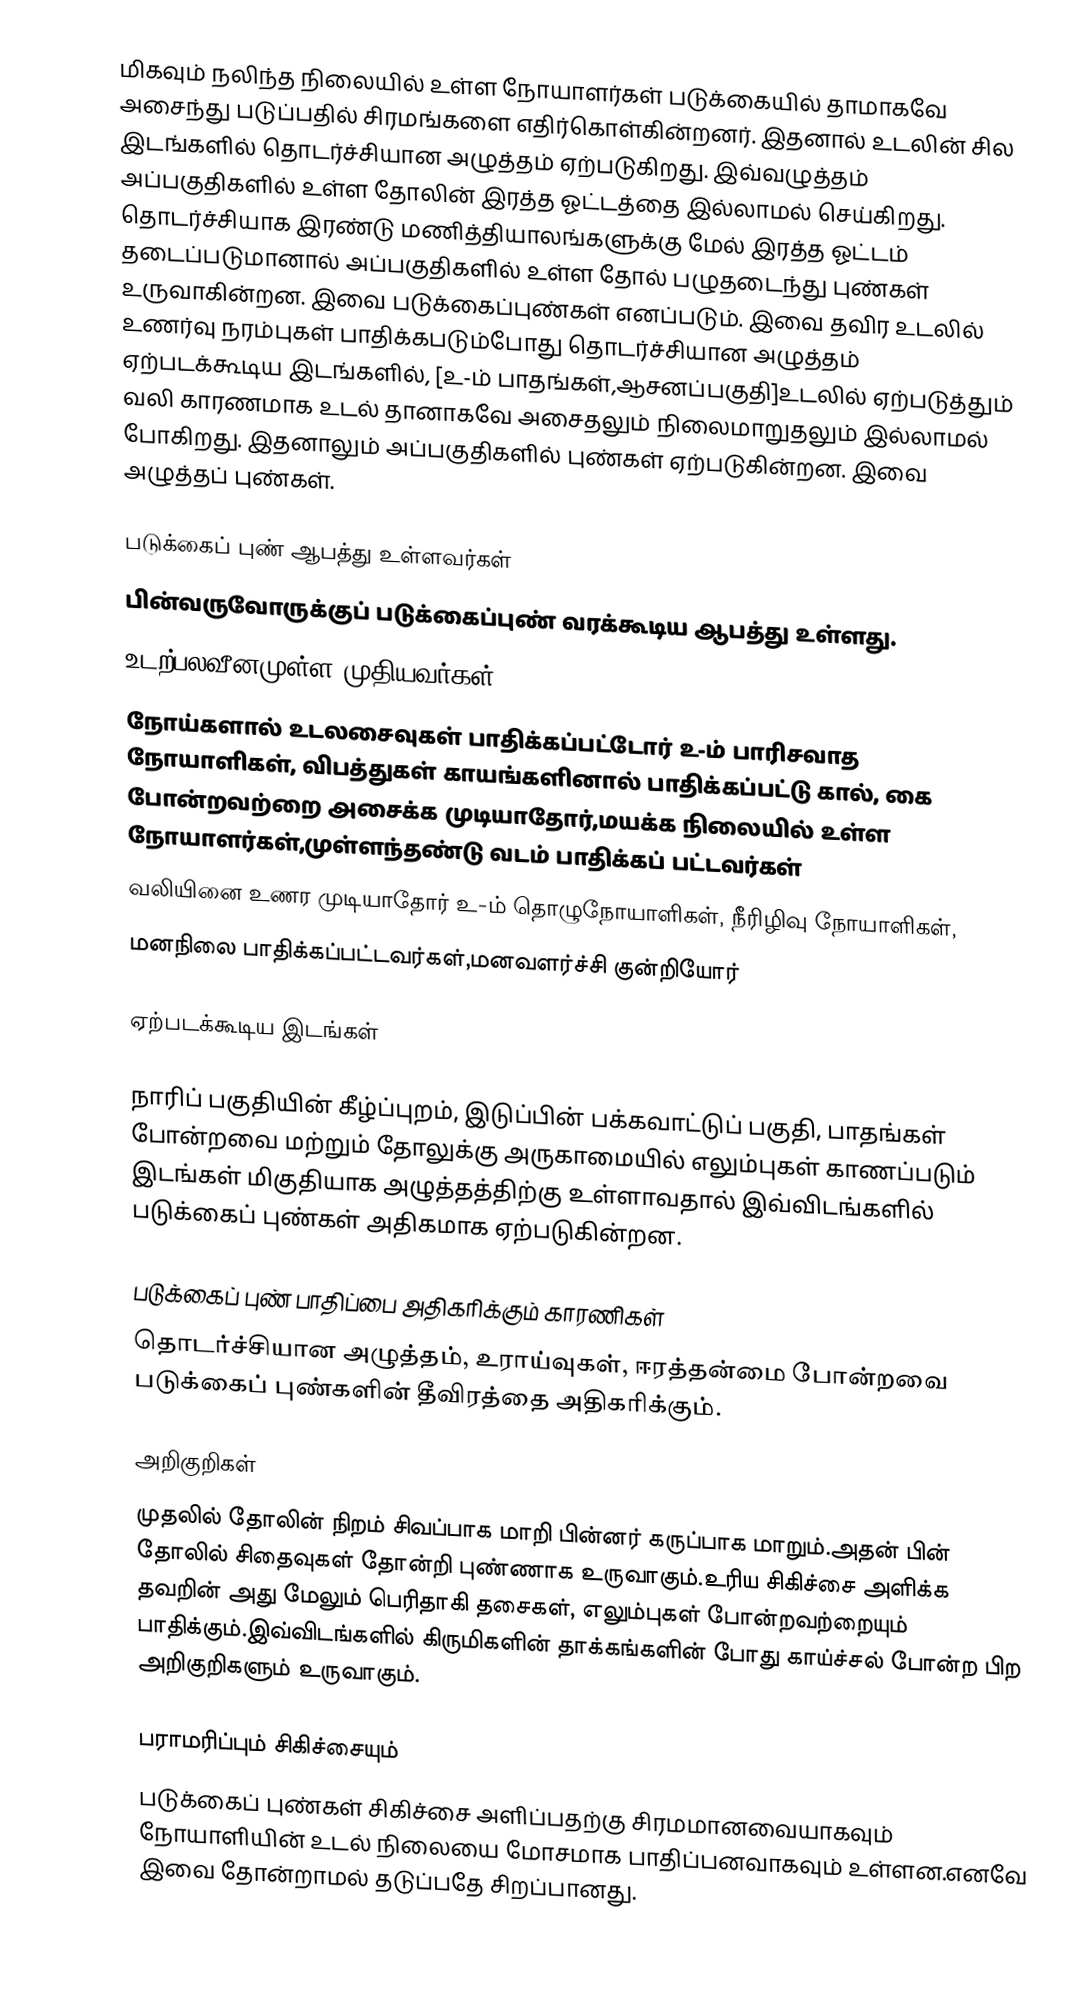
மிகவும் நலிந்த நிலையில் உள்ள நோயாளர்கள் படுக்கையில் தாமாகவே அசைந்து படுப்பதில் சிரமங்களை எதிர்கொள்கின்றனர். இதனால் உடலின் சில இடங்களில் தொடர்ச்சியான அழுத்தம் ஏற்படுகிறது. இவ்வழுத்தம் அப்பகுதிகளில் உள்ள தோலின் இரத்த ஓட்டத்தை இல்லாமல் செய்கிறது. தொடர்ச்சியாக இரண்டு மணித்தியாலங்களுக்கு மேல் இரத்த ஓட்டம் தடைப்படுமானால் அப்பகுதிகளில் உள்ள தோல் பழுதடைந்து புண்கள் உருவாகின்றன. இவை படுக்கைப்புண்கள் எனப்படும். இவை தவிர உடலில் உணர்வு நரம்புகள் பாதிக்கபடும்போது தொடர்ச்சியான அழுத்தம் ஏற்படக்கூடிய இடங்களில், [உ-ம் பாதங்கள்,ஆசனப்பகுதி]உடலில் ஏற்படுத்தும் வலி காரணமாக உடல் தானாகவே அசைதலும் நிலைமாறுதலும் இல்லாமல் போகிறது. இதனாலும் அப்பகுதிகளில் புண்கள் ஏற்படுகின்றன. இவை அழுத்தப் புண்கள்.

படுக்கைப் புண் ஆபத்து உள்ளவர்கள்
பின்வருவோருக்குப் படுக்கைப்புண் வரக்கூடிய ஆபத்து உள்ளது.
 உடற்பலவீனமுள்ள முதியவர்கள்
 நோய்களால் உடலசைவுகள் பாதிக்கப்பட்டோர் உ-ம் பாரிசவாத நோயாளிகள், விபத்துகள் காயங்களினால் பாதிக்கப்பட்டு கால், கை போன்றவற்றை அசைக்க முடியாதோர்,மயக்க நிலையில் உள்ள நோயாளர்கள்,முள்ளந்தண்டு வடம் பாதிக்கப் பட்டவர்கள்
 வலியினை உணர முடியாதோர் உ-ம் தொழுநோயாளிகள், நீரிழிவு நோயாளிகள்,
 மனநிலை பாதிக்கப்பட்டவர்கள்,மனவளர்ச்சி குன்றியோர்

ஏற்படக்கூடிய இடங்கள்

நாரிப் பகுதியின் கீழ்ப்புறம், இடுப்பின் பக்கவாட்டுப் பகுதி, பாதங்கள் போன்றவை மற்றும் தோலுக்கு அருகாமையில் எலும்புகள் காணப்படும் இடங்கள் மிகுதியாக அழுத்தத்திற்கு உள்ளாவதால் இவ்விடங்களில் படுக்கைப் புண்கள் அதிகமாக ஏற்படுகின்றன.

படுக்கைப் புண் பாதிப்பை அதிகரிக்கும் காரணிகள்
தொடர்ச்சியான அழுத்தம், உராய்வுகள், ஈரத்தன்மை போன்றவை படுக்கைப் புண்களின் தீவிரத்தை அதிகரிக்கும்.

அறிகுறிகள்
முதலில் தோலின் நிறம் சிவப்பாக மாறி பின்னர் கருப்பாக மாறும்.அதன் பின் தோலில் சிதைவுகள் தோன்றி புண்ணாக உருவாகும்.உரிய சிகிச்சை அளிக்க தவறின் அது மேலும் பெரிதாகி தசைகள், எலும்புகள் போன்றவற்றையும் பாதிக்கும்.இவ்விடங்களில் கிருமிகளின் தாக்கங்களின் போது காய்ச்சல் போன்ற பிற அறிகுறிகளும் உருவாகும்.

பராமரிப்பும் சிகிச்சையும்
படுக்கைப் புண்கள் சிகிச்சை அளிப்பதற்கு சிரமமானவையாகவும் நோயாளியின் உடல் நிலையை மோசமாக பாதிப்பனவாகவும் உள்ளன.எனவே இவை தோன்றாமல் தடுப்பதே சிறப்பானது.